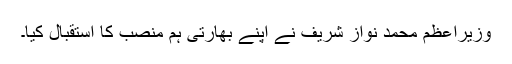
وزیراعظم محمد نواز شریف نے اپنے بھارتی ہم منصب کا استقبال کیا۔